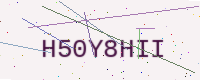
Text: H50Y8HII